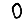
Digit: 0